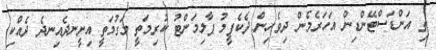
ތި އަންޑަސްޓޭންޑިން އަހަރެމެން ދިވެހިން ދެކެފީމު ޕާލިމަންޓު ކުރިމަތީ މަގުމަތީ އިށީނދެއިނދެ ދެއްކި